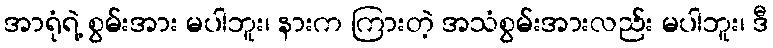
အာရုံရဲ့ စွမ်းအား မပါဘူး၊ နားက ကြားတဲ့ အသံစွမ်းအားလည်း မပါဘူး၊ ဒီ